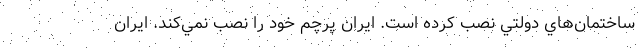
ساختمان‌هاي دولتي نصب كرده است. ايران پرچم خود را نصب نمي‌كند. ايران